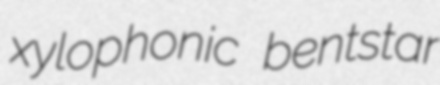
xylophonic bentstar